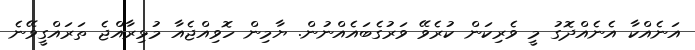
އަނެއްކާ އެނެއްދޮގު މީ ވެރިކަން ކުރެވޭ ވަރުގެބައެއްނުން. ޔާމިން ހޮވިއްޖެއާ މުޅިރާއްޖެ ތަރައްގީވޭނެ